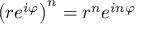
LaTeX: \left( r e ^ { i \varphi } \right) ^ { n } = r ^ { n } e ^ { i n \varphi }